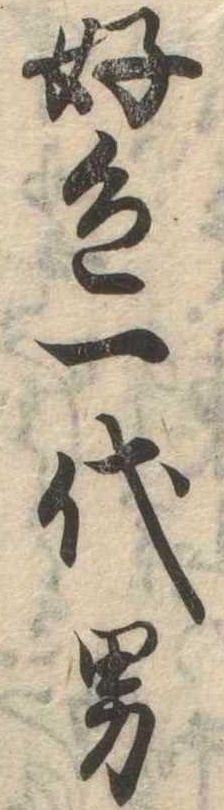
好色一代男